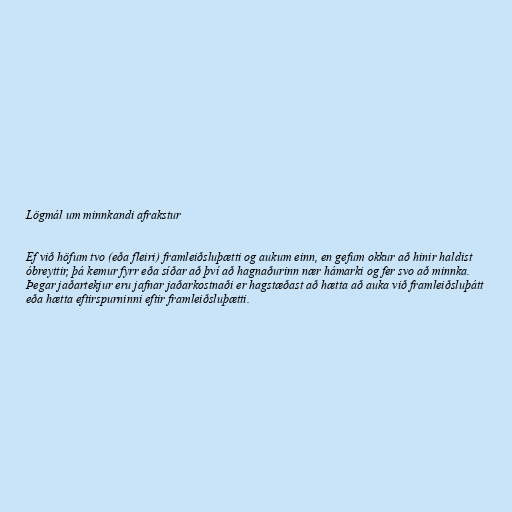
Lögmál um minnkandi afrakstur

Ef við höfum tvo (eða fleiri) framleiðsluþætti og aukum einn, en gefum okkur að hinir haldist
óbreyttir, þá kemur fyrr eða síðar að því að hagnaðurinn nær hámarki og fer svo að minnka.
Þegar jaðartekjur eru jafnar jaðarkostnaði er hagstæðast að hætta að auka við framleiðsluþátt
eða hætta eftirspurninni eftir framleiðsluþætti.